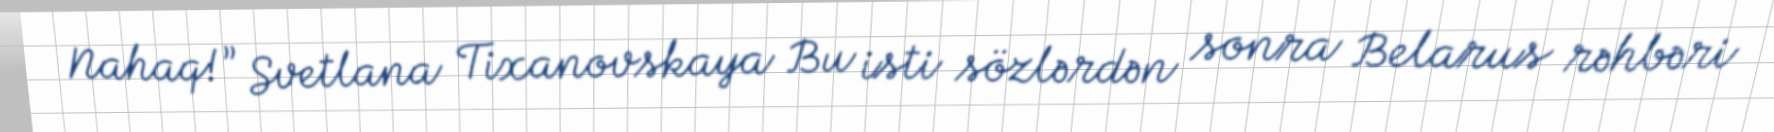
Nahaq!” Svetlana Tixanovskaya Bu isti sözlərdən sonra Belarus rəhbəri